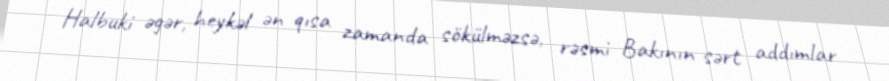
Halbuki əgər, heykəl ən qısa zamanda sökülməzsə, rəsmi Bakının sərt addımlar